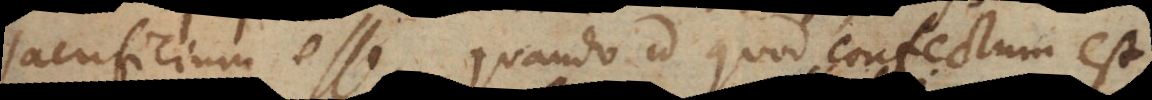
sacrificium esse, quando id quod confectum est